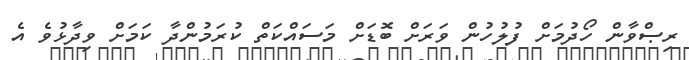
ރިޞްވާން ހޯދުމަށް ފުލުހުން ވަރަށް ބޮޑަށް މަސައްކަތް ކުރަމުންދާ ކަމަށް ވިދާޅުވެ އެ